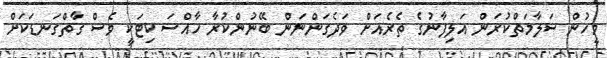
މީހުން ސަލާމަތްކުރަން އަލިފާނުގެ ތެރެއަށް ވަދެގަންނަން ބޭނުންކުރާ ހާއްސަ ކިޓަކީ ވެސް ގާތްގަނޑަކަށް